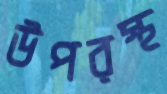
উপরস্থ